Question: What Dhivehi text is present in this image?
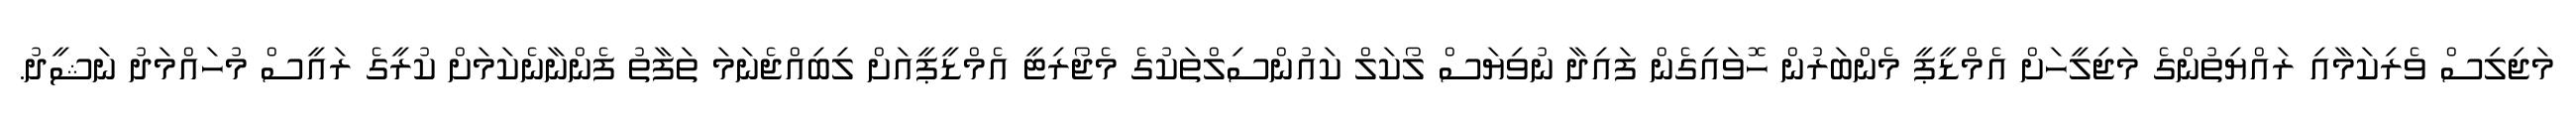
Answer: މަޖިލިސް ވެރިކަމާއި ރައްޔިތުންގެ މަޖިލީހަށް އެމްޑީޕީ މެންބަރުން ހޮވައިގެން ފައިދާ ނުވިޔަސް ލޯކަލް ކައުންސިލްތަކުގެ މެޖޯރިޓީ އެމްޑީޕީއަށް ލިބިއްޖެނަމަ ތަފާތު ފެންނާނެކަމަށް ކުރީގެ ރައީސް މުހައްމަދު ނަޝީދު.